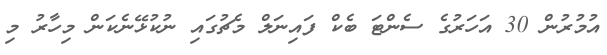
އުމުރުން 30 އަހަރުގެ ސެންޓަ ބެކް ފައިނަލް މެޗުގައި ނުކުޅޭނެކަން މިހާރު މި